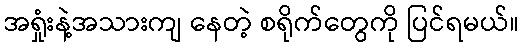
အရှုံးနဲ့အသားကျ နေတဲ့ စရိုက်တွေကို ပြင်ရမယ်။